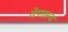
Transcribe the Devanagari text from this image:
देणारच